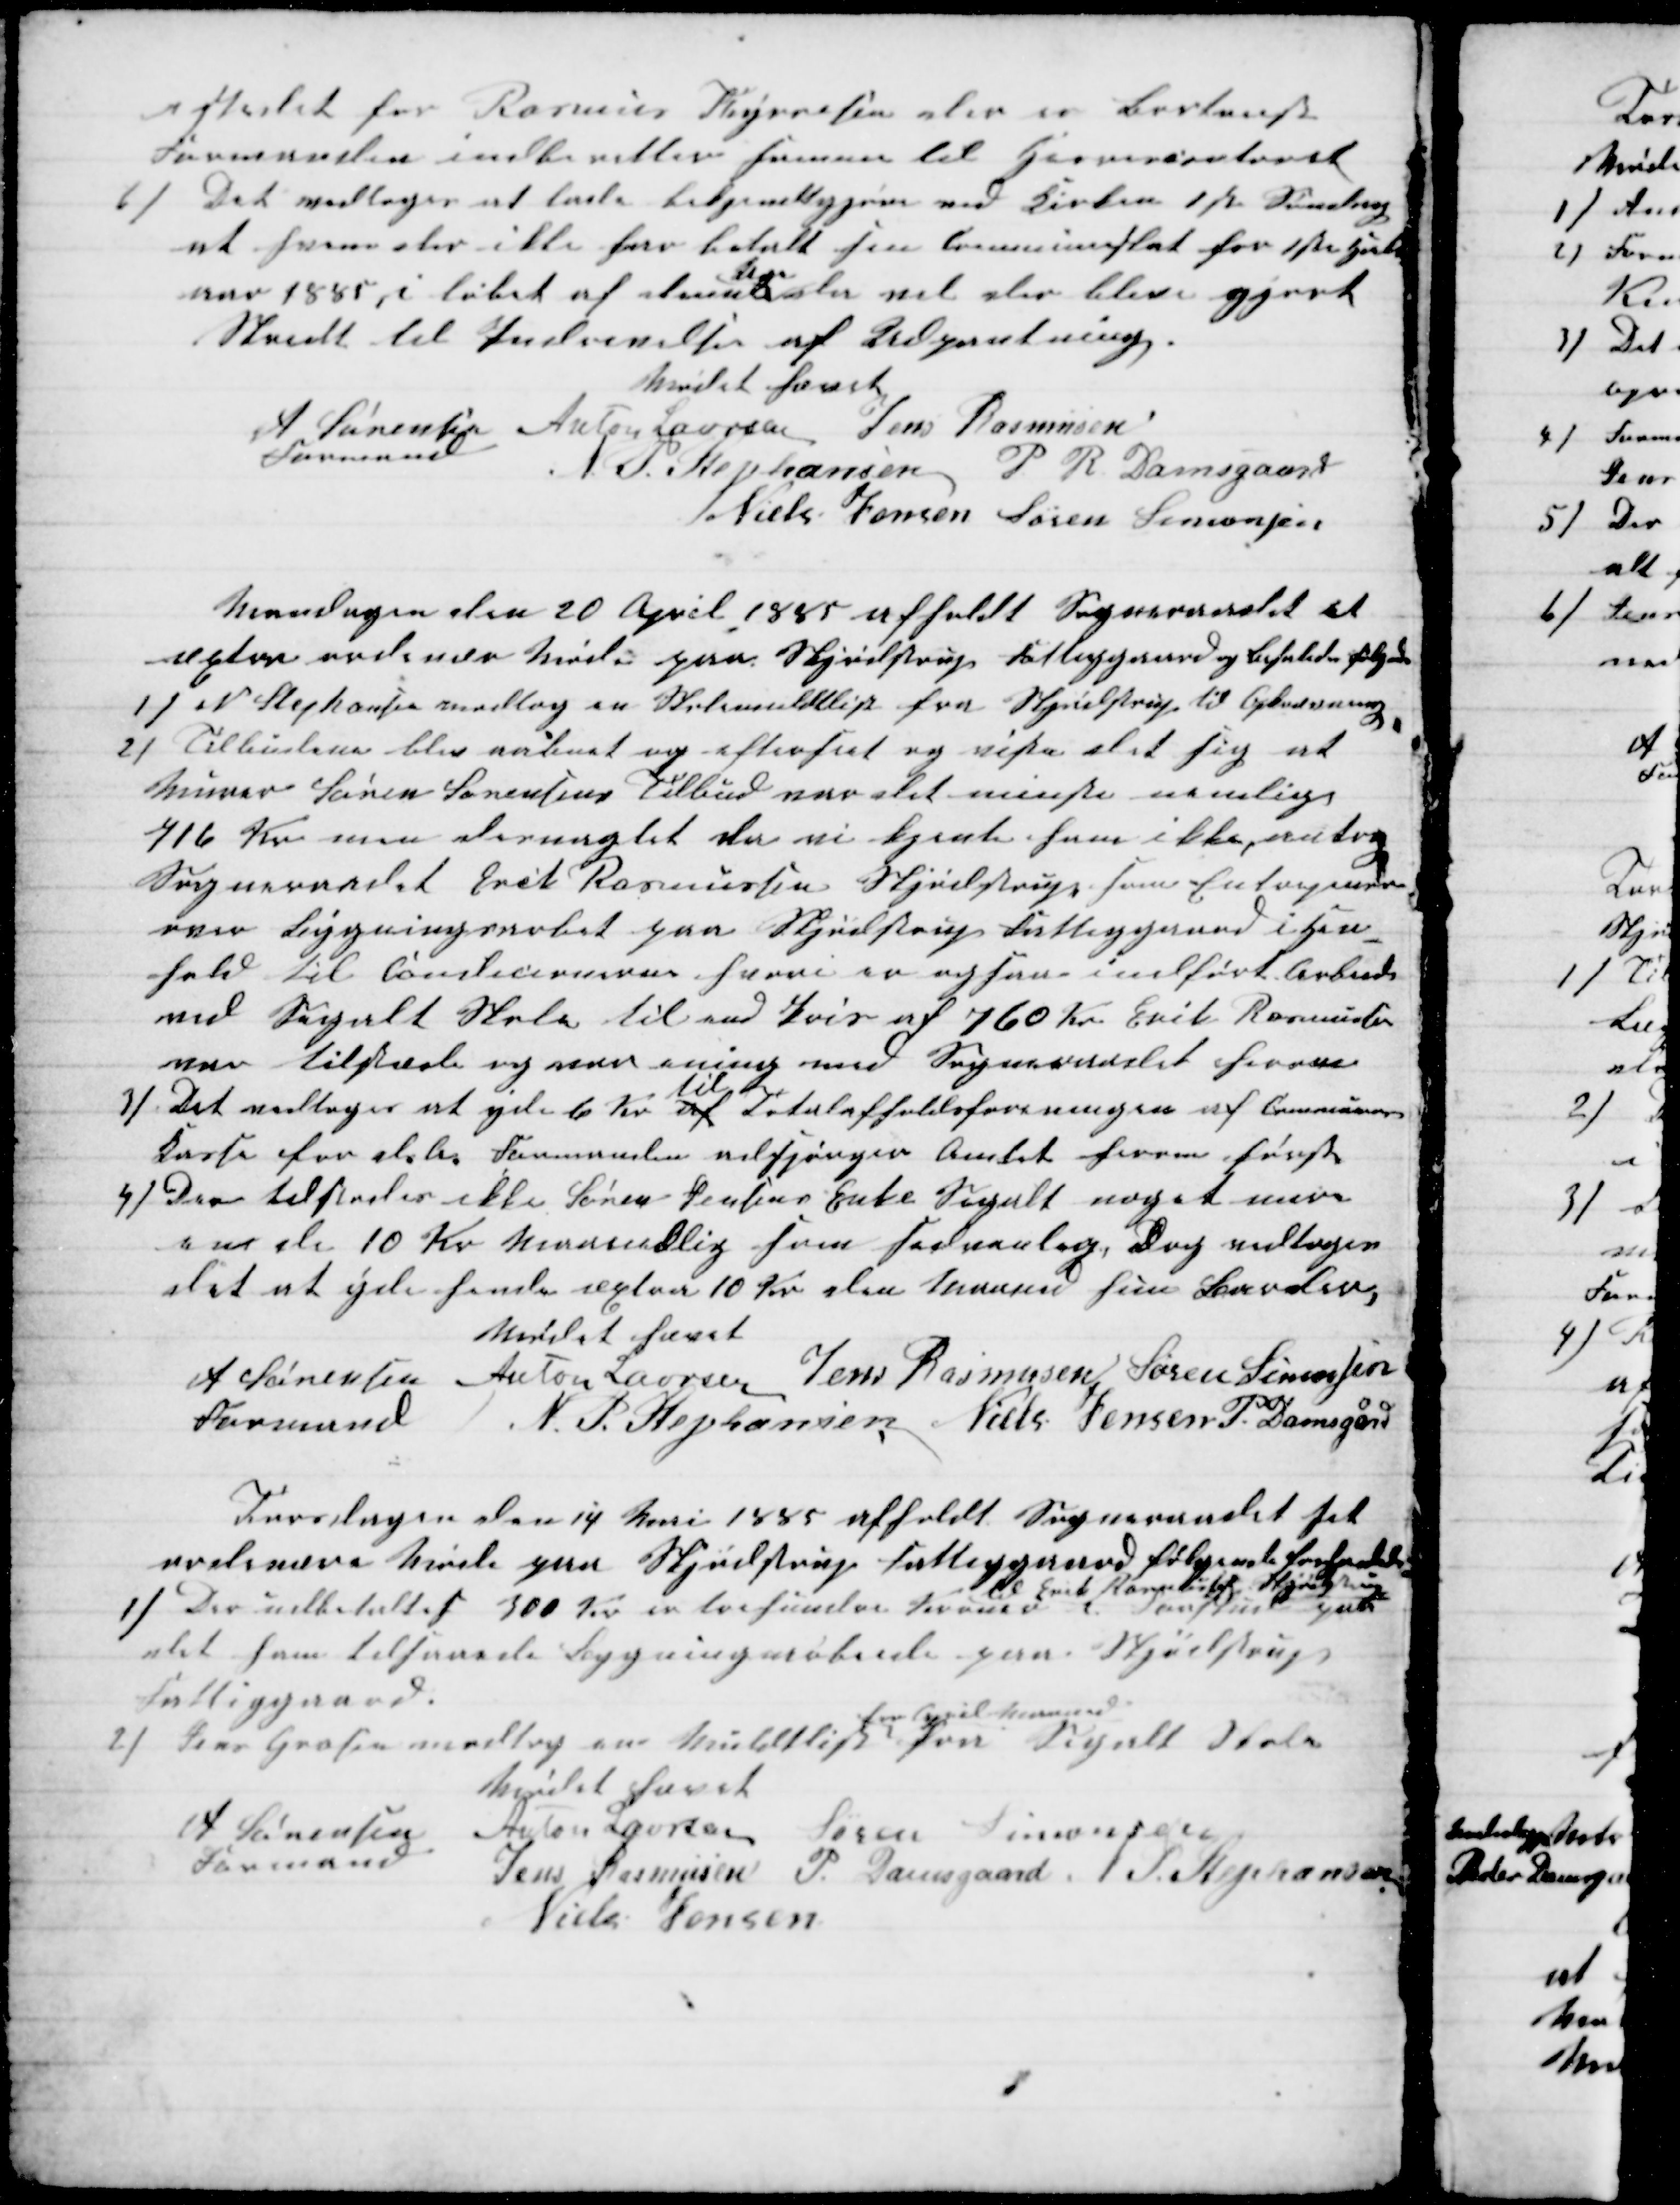
Transskription:
istedet for Rasmus Tyrresen der er Bortreist
Formanden indberetter samme til Herredscontoret
6) Det vedtoges at lade bekjendtgjøre ved Kirken 1 st Søndag
at hvem der ikke har betalt sin Communeskat for 1ste Halv-
aar 1885 i løbet af denne
Uge
da vil der blive gjort
Skridt til Indrivelse af Udpantning.
Mødet hævet
A Sørensen
Formand
Anton Laursen Jens Rasmusen
N. P. Stephansen P. R. Damsgaard
Niels Jensen Søren Simonsen
Mandagen den 20 April 1885 afholdt Sogneraadet et
æxtra ordinær Møde paa Skjødstrup Fattiggaard og behanlede følgende
1) N. Stephansen modtog en Skolemuldtliste fra Skjødstrup til Opkrævning.
2) Tilbudene blev aabnet og efterset og viste det sig at
Murer Søren Sørensens Tilbud var det minste nemlig
716 Kr men desuagtet da vi kjente ham ikke, antog
Sogneraadet Erik Rasmussen Skjødstrup som Entreprenør
over Bygningsarbet paa Skjødstrup Fattiggaard i Hen-
hold til Conditionerne hvori er ogsaa indført Arbeid
ved Segalt Skole til end Pris af 760 Kr. Erik Rasmussen
var tilstede og var ening med Soogneraadet herom
7). Det vedtoges at yde 6 Kr. af 
til
Totalafholdsforeningen af Communens
Kasse for d. A. Formanden adspørger Amtet herom først
4) Der tilstodes ikke Søren Jensens Enke Segalt noget mere
en de 10 Kr Maanedlig som sedvanlig, Dog vedtoges
det at yde hende æxtra 10 Kr den Maaned hun Barsler
Mødet hævet
A Sørensen 
Formand
 Anton Laursen Jens Rasmusen Søren Simonsen
N. P. Stephansen Niels Jensen P. Damsgård
Torsdagen den 14 Mai 1885 afholdt Sogneraadet sit
ordinære Møde paa Skjødstrup Fattiggaard følgende forhanledes
1) Der udbetaltes 300 Kr er trehundrede Kroner
til Erik Rasmussen Skjødstrup
i Forskud paa
det ham tilsaaede Bygningsarbeide paa Skjødstrup
Fattiggaard.
2) Jens Grosen modtog en Muldtliste 
for April Maaned
fra Segalt Skole
Mødet hævet
A Sørensen
Formand
Anton Laursen Søren Simonsen
Jens Rasmusen P. Damsgaard N.P. Stephansen
Niels Jensen